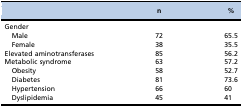
<table><thead><tr><td></td><td><b>n</b></td><td><b>%</b></td></tr></thead><tbody><tr><td>Gender</td><td></td><td></td></tr><tr><td> Male</td><td>72</td><td>65.5</td></tr><tr><td> Female</td><td>38</td><td>35.5</td></tr><tr><td>Elevated aminotransferases</td><td>85</td><td>56.2</td></tr><tr><td>Metabolic syndrome</td><td>63</td><td>57.2</td></tr><tr><td> Obesity</td><td>58</td><td>52.7</td></tr><tr><td> Diabetes</td><td>81</td><td>73.6</td></tr><tr><td> Hypertension</td><td>66</td><td>60</td></tr><tr><td> Dyslipidemia</td><td>45</td><td>41</td></tr></tbody></table>